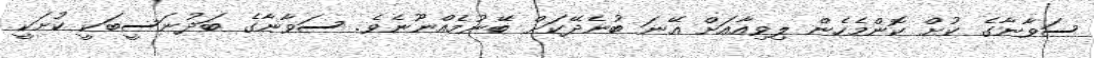
ސަވާނާގެ ކުށް ކޮންމެހެން ލިވިއާއަށް އޭނަ ބުނެދޭކަށް ބޭނުމެއްނޫނެވެ. ސަވާނާގެ ބަދުނަސީބަކީ ކުށަކީ